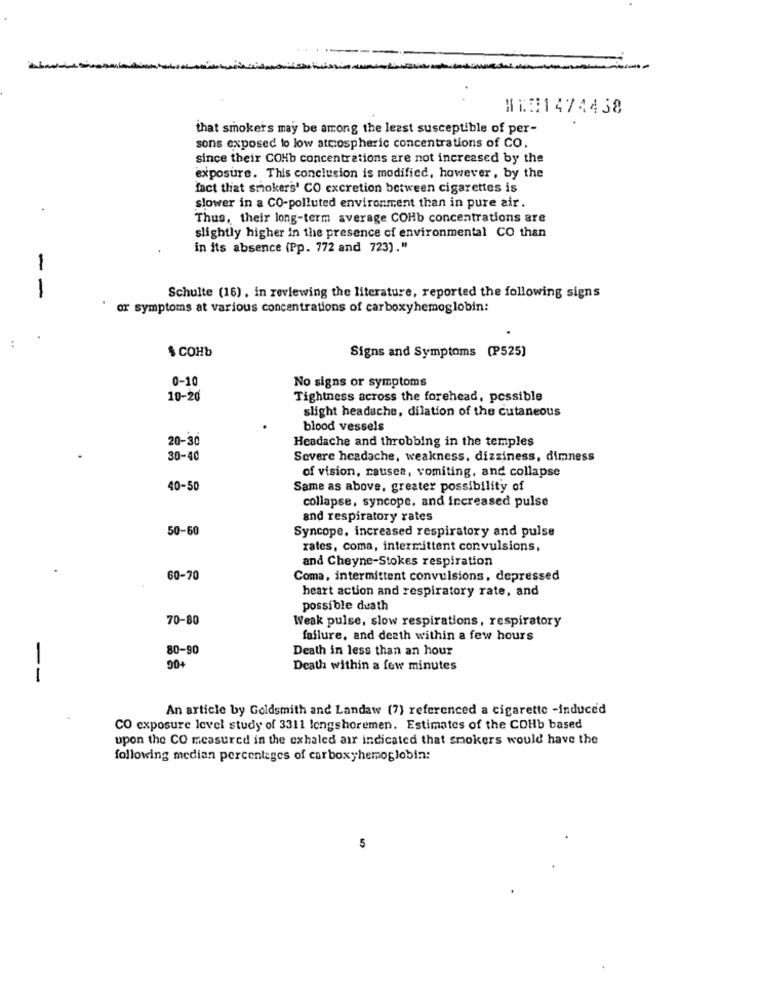
#181474438
that smokers may be among the least susceptible of per-
sons exposed to low atmospheric concentrations of CO.
since their COHb concentrations are not increased by the
exposure. This conclusion is modified, however , by the
fact that smoker's' CO excretion between cigarettes is
slower in a CO-polluted environment than in pure air.
Thus, their long-term average COHb concentrations are
slightly higher in the presence of environmental CO than
in its absence (Pp. 772 and 723)."
Schulte (16) , in reviewing the literature, reported the following signs
or symptoms at various concentrations of carboxyhemoglobin:
$ COHb
Signs and Symptoms (P525]
0-10
No signs or symptoms
10-20
Tightness across the forehead, possible
slight headache, dilation of the cutaneous
blood vessels
20-30
Headache and throbbing in the temples
30-40
Severe headache, weakness, dizziness, dimness
of vision, nausea, vomiting, and collapse
40-50
Same as above, greater possibility of
collapse, syncope, and increased pulse
and respiratory rates
50-60
Syncope. increased respiratory and pulse
rates, coma, intermittent convulsions,
and Cheyne-Stokes respiration
60-70
Coma, intermittent convulsions, depressed
heart action and respiratory rate, and
possible duath
70-80
Weak pulse, slow respirations, respiratory
failure, and death within a few hours
80-90
Death in less than an hour
Death within a few minutes
--
An article by Goldsmith and Landaw (7) referenced a cigarette -induced
CO exposure level study of 3311 longshoremen. Estimates of the COHb based
upon the CO measured in the exhaled air indicated that smokers would have the
following median percentages of carboxyhemoglobin:
5